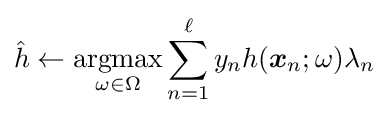
{\hat {h}}\leftarrow {\underset {\omega \in \Omega }{\textrm {argmax}}}\sum _{n=1}^{\ell }y_{n}h({\boldsymbol {x}}_{n};\omega )\lambda _{n}